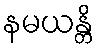
နမယန္တိ